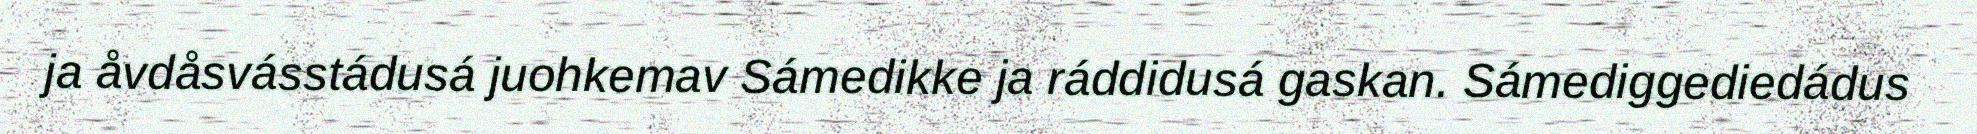
ja åvdåsvásstádusá juohkemav Sámedikke ja ráddidusá gaskan. Sámediggediedádus